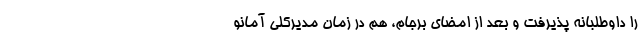
را داوطلبانه پذیرفت و بعد از امضای برجام، هم در زمان مدیرکلی آمانو